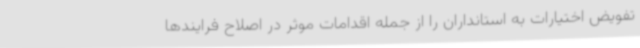
تفویض اختیارات به استانداران را از جمله اقدامات موثر در اصلاح فرایندها